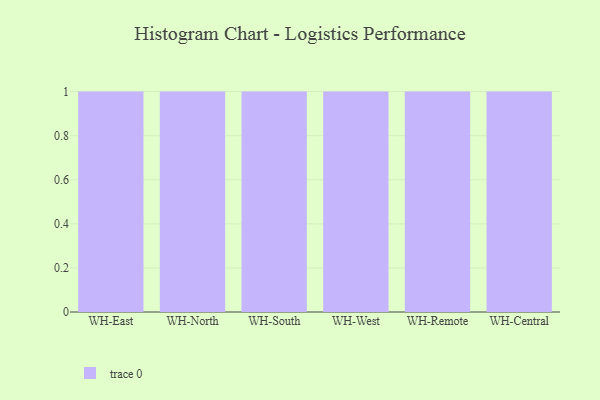
{"axis": {"x": "Warehouse", "y": "Market Share (%)"}, "legend": [""], "data": [{"x": "WH-East", "y": 13, "type": ""}, {"x": "WH-North", "y": 39, "type": ""}, {"x": "WH-South", "y": 69, "type": ""}, {"x": "WH-West", "y": 19, "type": ""}, {"x": "WH-Remote", "y": 9, "type": ""}, {"x": "WH-Central", "y": 93, "type": ""}]}